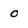
Character: 0